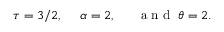
\tau = 3 / 2 , ~ ~ ~ ~ \alpha = 2 , ~ ~ ~ ~ \; \textrm { a n d } \; \theta = 2 .